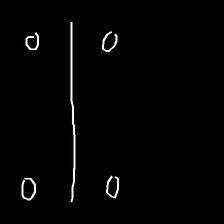
Glyph: cool